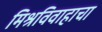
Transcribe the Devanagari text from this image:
मिश्रविवाहाचा